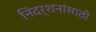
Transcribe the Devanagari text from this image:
निदर्शनांसाठी